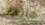
هاتفك